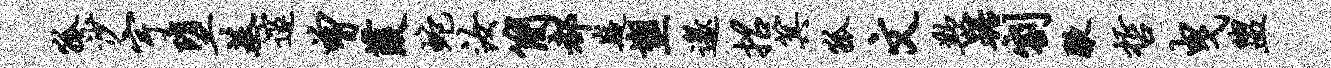
狐沙宇堕基邃曾葭蛇汝简都嶷塑邀招箕狐文欺踞割腋哲曳盥